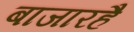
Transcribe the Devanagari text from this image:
बाजारहै